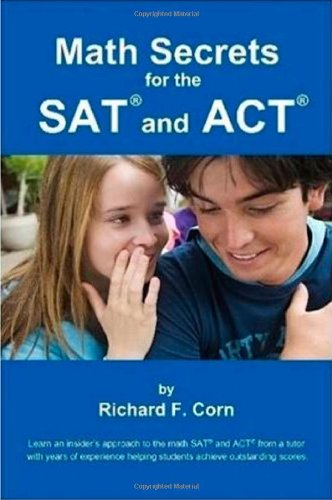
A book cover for Math Secrets for the SAT and ACT; Richard Corn; Test Preparation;